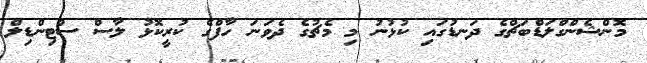
މޮންޝެންގްލަޑްބަޗްގެ ދަނޑުގައި ކުޅުނު މި މެޗުގެ ދެވަނަ ހާފްގެ ކުރީކޮޅު ލާސް ސްޓިންޑިލް